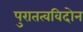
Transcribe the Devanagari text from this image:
पुरातत्वविदोन